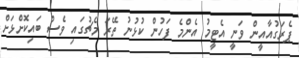
ޕެރަގުއާއީން ވަނީ އެޓީމު އެންމެ ފަހުން ކުޅުނު ތޭރަ މެޗުގައި ވެސް ބައިކޮށްޅަށް